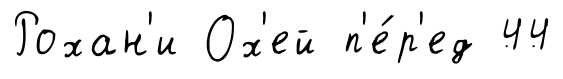
Рохан'и Ох'ей п'е́р'ед 44